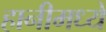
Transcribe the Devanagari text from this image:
हानीमध्ये